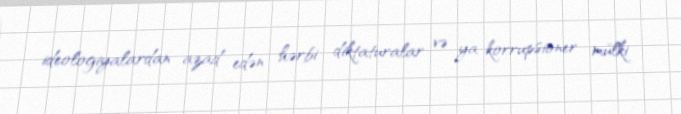
ideologiyalardan azad edən hərbi diktaturalar və ya korrupsioner mülki